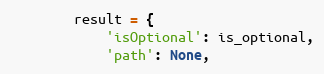
Language: Python
        result = {
            'isOptional': is_optional,
            'path': None,